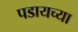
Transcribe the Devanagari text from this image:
पडायच्या